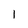
Character: 1